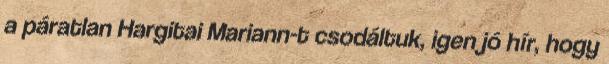
a páratlan Hargitai Mariann-t csodáltuk, igen jó hír, hogy